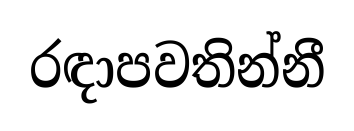
රඳාපවතින්නී